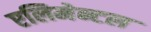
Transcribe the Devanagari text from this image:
एलिमेन्टल